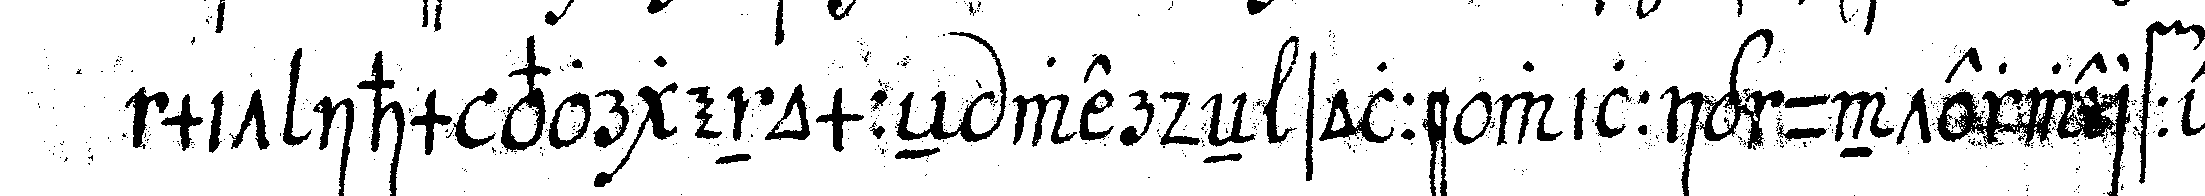
mit ihm vorgenommeN werdeN solle willig unterwerffe